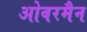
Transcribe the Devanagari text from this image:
ओवरमैन